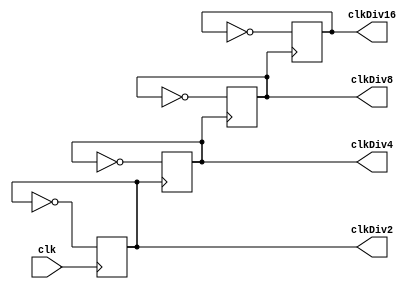

module RippleClockSource (
    output reg clkDiv2  = 0,
    output reg clkDiv4  = 0,
    output reg clkDiv8  = 0,
    output reg clkDiv16 = 0,

    input wire clk
);

    always @( posedge clk )
        clkDiv2 <= ~clkDiv2;

    always @( posedge clkDiv2 )
        clkDiv4 <= ~clkDiv4;

    always @( posedge clkDiv4 )
        clkDiv8 <= ~clkDiv8;

    always @( posedge clkDiv8 )
        clkDiv16 <= ~clkDiv16;

endmodule // module RippleClockSource